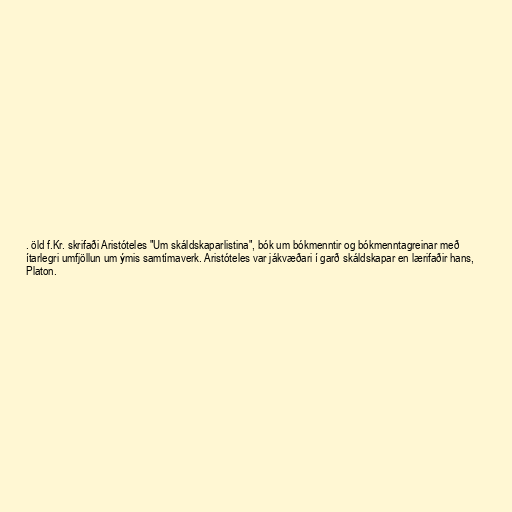
. öld f.Kr. skrifaði Aristóteles "Um skáldskaparlistina", bók um bókmenntir og bókmenntagreinar með
ítarlegri umfjöllun um ýmis samtímaverk. Aristóteles var jákvæðari í garð skáldskapar en lærifaðir hans,
Platon.